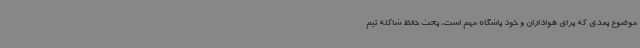
موضوع بعدی که برای هواداران و خود باشگاه مهم است، بحث حفظ شاکله تیم